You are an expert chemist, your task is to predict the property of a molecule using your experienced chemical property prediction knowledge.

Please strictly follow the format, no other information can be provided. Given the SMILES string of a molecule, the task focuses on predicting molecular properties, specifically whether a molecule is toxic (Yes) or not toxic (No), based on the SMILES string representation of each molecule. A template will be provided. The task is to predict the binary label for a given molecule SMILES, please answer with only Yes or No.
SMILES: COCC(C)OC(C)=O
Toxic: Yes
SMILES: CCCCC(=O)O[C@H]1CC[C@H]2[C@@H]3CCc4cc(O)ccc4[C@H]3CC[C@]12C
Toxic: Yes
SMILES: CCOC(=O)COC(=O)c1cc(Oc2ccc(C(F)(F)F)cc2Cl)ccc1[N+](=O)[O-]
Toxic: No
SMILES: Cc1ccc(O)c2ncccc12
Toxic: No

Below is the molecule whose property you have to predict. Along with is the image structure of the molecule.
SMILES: CCn1cc(C(=O)O)c(=O)c2ccc(C)nc21
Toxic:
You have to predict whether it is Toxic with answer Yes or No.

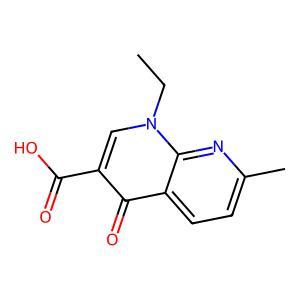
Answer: No